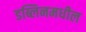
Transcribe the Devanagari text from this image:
डब्लिनमधील